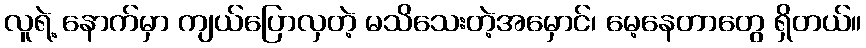
လူရဲ့ နောက်မှာ ကျယ်ပြောလှတဲ့ မသိသေးတဲ့အမှောင်၊ မေ့နေတာတွေ ရှိတယ်။